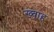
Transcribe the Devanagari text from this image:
ख्व़ाह